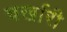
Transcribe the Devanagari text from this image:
चर्खारी